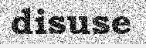
disuse